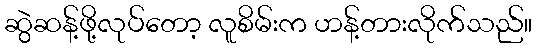
ဆွဲဆန့်ဖို့လုပ်တော့ လူစိမ်းက ဟန့်တားလိုက်သည်။